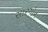
સારગોન